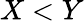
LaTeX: X<Y